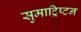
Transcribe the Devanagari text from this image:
सुमाट्रिप्टन